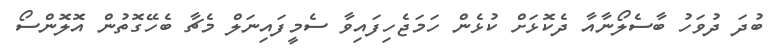
ބުދަ ދުވަހު ބާސެލޯނާއާ ދެކޮޅަށް ކުޅެން ހަމަޖެހިފައިވާ ސެމީފައިނަލް މެޗާ ބެހޭގޮތުން އޮލޮންސޯ